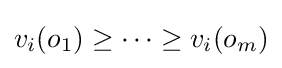
v_{i}(o_{1})\geq \dots \geq v_{i}(o_{m})